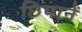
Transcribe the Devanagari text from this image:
छिपानें